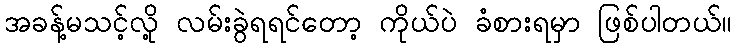
အခန့်မသင့်လို့ လမ်းခွဲရရင်တော့ ကိုယ်ပဲ ခံစားရမှာ ဖြစ်ပါတယ်။